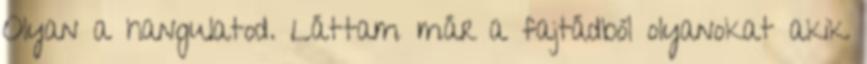
Olyan a hangulatod. Láttam már a fajtádból olyanokat akik